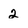
Character: 2